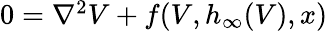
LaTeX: \begin{array}{r}{0=\nabla^{2}V+f(V,h_{\infty}(V),x)}\end{array}